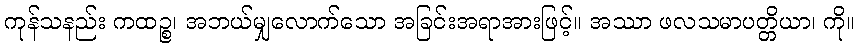
ကုန်သနည်း ကထဉ္စ၊ အဘယ်မျှလောက်သော အခြင်းအရာအားဖြင့်။ အဿာ ဖလသမာပတ္တိယာ၊ ကို။